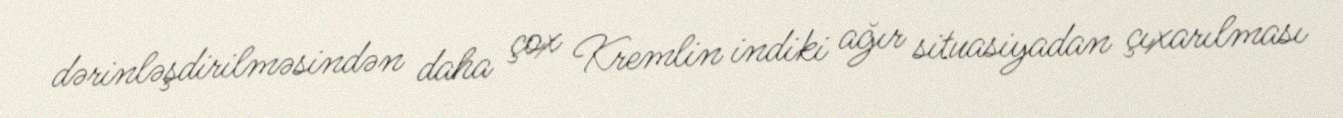
dərinləşdirilməsindən daha çox Kremlin indiki ağır situasiyadan çıxarılması